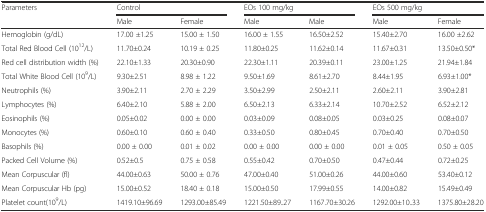
<table><thead><tr><td rowspan="2"><b>Parameters</b></td><td colspan="2"><b>Control</b></td><td colspan="2"><b>EOs 100 mg/kg</b></td><td colspan="2"><b>EOs 500 mg/kg</b></td></tr><tr><td><b>Male</b></td><td><b>Female</b></td><td><b>Male</b></td><td><b>Male</b></td><td><b>Male</b></td><td><b>Female</b></td></tr></thead><tbody><tr><td>Hemoglobin (g/dL)</td><td>17.00 ±1.25</td><td>15.00 ± 1.50</td><td>16.00 ± 1.55</td><td>16.50±2.52</td><td>15.40±2.70</td><td>16.00 ±2.62</td></tr><tr><td>Total Red Blood Cell (10<sup>12</sup>/L)</td><td>11.70±0.24</td><td>10.19 ± 0.25</td><td>11.80±0.25</td><td>11.62±0.14</td><td>11.67±0.31</td><td>13.50±0.50*</td></tr><tr><td>Red cell distribution width (%)</td><td>22.10±1.33</td><td>20.30±0.90</td><td>22.30±1.11</td><td>20.39±0.11</td><td>23.00±1.25</td><td>21.94±1.84</td></tr><tr><td>Total White Blood Cell (10<sup>9</sup>/L)</td><td>9.30±2.51</td><td>8.98 ± 1.22</td><td>9.50±1.69</td><td>8.61±2.70</td><td>8.44±1.95</td><td>6.93±1.00*</td></tr><tr><td>Neutrophils (%)</td><td>3.90±2.11</td><td>2.70 ± 2.29</td><td>3.50±2.99</td><td>2.50±2.11</td><td>2.60±2.11</td><td>3.90±2.81</td></tr><tr><td>Lymphocytes (%)</td><td>6.40±2.10</td><td>5.88 ± 2.00</td><td>6.50±2.13</td><td>6.33±2.14</td><td>10.70±2.52</td><td>6.52±2.12</td></tr><tr><td>Eosinophils (%)</td><td>0.05±0.02</td><td>0.00 ± 0.00</td><td>0.03±0.09</td><td>0.08±0.05</td><td>0.03±0.25</td><td>0.08±0.07</td></tr><tr><td>Monocytes (%)</td><td>0.60±0.10</td><td>0.60 ± 0.40</td><td>0.33±0.50</td><td>0.80±0.45</td><td>0.70±0.40</td><td>0.70±0.50</td></tr><tr><td>Basophils (%)</td><td>0.00 ± 0.00</td><td>0.01 ± 0.02</td><td>0.00 ± 0.00</td><td>0.00 ± 0.00</td><td>0.01 ± 0.05</td><td>0.50 ± 0.05</td></tr><tr><td>Packed Cell Volume (%)</td><td>0.52±0.5</td><td>0.75 ± 0.58</td><td>0.55±0.42</td><td>0.70±0.50</td><td>0.47±0.44</td><td>0.72±0.25</td></tr><tr><td>Mean Corpuscular (fl)</td><td>44.00±0.63</td><td>50.00 ± 0.76</td><td>47.00±0.40</td><td>51.00±0.26</td><td>44.00±0.60</td><td>53.40±0.12</td></tr><tr><td>Mean Corpuscular Hb (pg)</td><td>15.00±0.52</td><td>18.40 ± 0.18</td><td>15.00±0.50</td><td>17.99±0.55</td><td>14.00±0.82</td><td>15.49±0.49</td></tr><tr><td>Platelet count(10<sup>9</sup>/L)</td><td>1419.10±96.69</td><td>1293.00±85.49</td><td>1221.50±89..27</td><td>1167.70±30.26</td><td>1292.00±10..33</td><td>1375.80±28.20</td></tr></tbody></table>